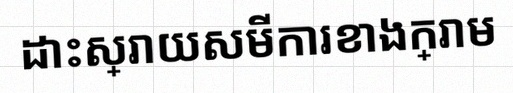
ដោះស្រាយសមីការខាងក្រោម